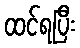
ထင်ရပြီး